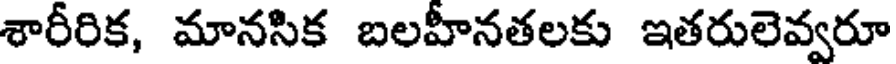
శారీరిక, మానసిక బలహీనతలకు ఇతరులెవ్వరూ